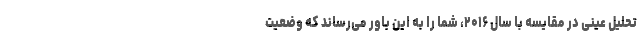
تحلیل عینی در مقایسه با سال ۲۰۱۶، شما را به این باور می‌رساند که وضعیت